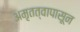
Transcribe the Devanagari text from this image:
अमृतत्वापासून